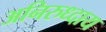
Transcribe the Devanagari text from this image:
अनिरुध्दाय